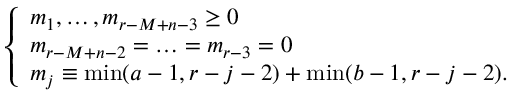
\left\{ \begin{array} { l } { { m _ { 1 } , \ldots , m _ { r - M + n - 3 } \geq 0 } } \\ { { m _ { r - M + n - 2 } = \ldots = m _ { r - 3 } = 0 } } \\ { { m _ { j } \equiv \operatorname * { m i n } ( a - 1 , r - j - 2 ) + \operatorname * { m i n } ( b - 1 , r - j - 2 ) . } } \end{array} \right.